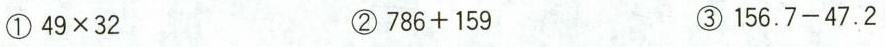
① $$4 9 \times 3 2$$ ② $$7 8 6 +1 5 9$$ ③1 5 6 . 7 - 4 7. 2$$